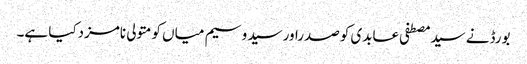
بورڈنے سیدمصطفی عابدی کوصدراورسید وسیم میاں کومتولی نامزدکیا ہے۔